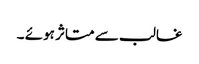
غالب سے متاثر ہوئے ۔